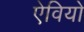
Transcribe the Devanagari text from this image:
ऐवियो